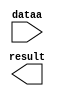
// megafunction wizard: %LPM_MULT%VBB%
// GENERATION: STANDARD
// VERSION: WM1.0
// MODULE: lpm_mult 

// ============================================================
// Megafunction Name(s):
// 			lpm_mult
//
// Simulation Library Files(s):
// 			lpm
// ============================================================
// ************************************************************
// THIS IS A WIZARD-GENERATED FILE. DO NOT EDIT THIS FILE!
//
// 16.0.0 Build 211 04/27/2016 SJ Standard Edition
// ************************************************************

//Copyright (C) 1991-2016 Altera Corporation. All rights reserved.
//Your use of Altera Corporation's design tools, logic functions 
//and other software and tools, and its AMPP partner logic 
//functions, and any output files from any of the foregoing 
//(including device programming or simulation files), and any 
//associated documentation or information are expressly subject 
//to the terms and conditions of the Altera Program License 
//Subscription Agreement, the Altera Quartus Prime License Agreement,
//the Altera MegaCore Function License Agreement, or other 
//applicable license agreement, including, without limitation, 
//that your use is for the sole purpose of programming logic 
//devices manufactured by Altera and sold by Altera or its 
//authorized distributors.  Please refer to the applicable 
//agreement for further details.

module mult_by_h666 (
	dataa,
	result);

	input	[8:0]  dataa;
	output	[19:0]  result;

endmodule

// ============================================================
// CNX file retrieval info
// ============================================================
// Retrieval info: PRIVATE: AutoSizeResult NUMERIC "1"
// Retrieval info: PRIVATE: B_isConstant NUMERIC "1"
// Retrieval info: PRIVATE: ConstantB NUMERIC "1638"
// Retrieval info: PRIVATE: INTENDED_DEVICE_FAMILY STRING "Cyclone V"
// Retrieval info: PRIVATE: LPM_PIPELINE NUMERIC "0"
// Retrieval info: PRIVATE: Latency NUMERIC "0"
// Retrieval info: PRIVATE: SYNTH_WRAPPER_GEN_POSTFIX STRING "0"
// Retrieval info: PRIVATE: SignedMult NUMERIC "0"
// Retrieval info: PRIVATE: USE_MULT NUMERIC "1"
// Retrieval info: PRIVATE: ValidConstant NUMERIC "1"
// Retrieval info: PRIVATE: WidthA NUMERIC "9"
// Retrieval info: PRIVATE: WidthB NUMERIC "11"
// Retrieval info: PRIVATE: WidthP NUMERIC "20"
// Retrieval info: PRIVATE: aclr NUMERIC "0"
// Retrieval info: PRIVATE: clken NUMERIC "0"
// Retrieval info: PRIVATE: new_diagram STRING "1"
// Retrieval info: PRIVATE: optimize NUMERIC "0"
// Retrieval info: LIBRARY: lpm lpm.lpm_components.all
// Retrieval info: CONSTANT: LPM_HINT STRING "INPUT_B_IS_CONSTANT=YES,MAXIMIZE_SPEED=5"
// Retrieval info: CONSTANT: LPM_REPRESENTATION STRING "UNSIGNED"
// Retrieval info: CONSTANT: LPM_TYPE STRING "LPM_MULT"
// Retrieval info: CONSTANT: LPM_WIDTHA NUMERIC "9"
// Retrieval info: CONSTANT: LPM_WIDTHB NUMERIC "11"
// Retrieval info: CONSTANT: LPM_WIDTHP NUMERIC "20"
// Retrieval info: USED_PORT: dataa 0 0 9 0 INPUT NODEFVAL "dataa[8..0]"
// Retrieval info: USED_PORT: result 0 0 20 0 OUTPUT NODEFVAL "result[19..0]"
// Retrieval info: CONNECT: @dataa 0 0 9 0 dataa 0 0 9 0
// Retrieval info: CONNECT: @datab 0 0 11 0 1638 0 0 11 0
// Retrieval info: CONNECT: result 0 0 20 0 @result 0 0 20 0
// Retrieval info: GEN_FILE: TYPE_NORMAL mult_by_h666.v TRUE
// Retrieval info: GEN_FILE: TYPE_NORMAL mult_by_h666.inc FALSE
// Retrieval info: GEN_FILE: TYPE_NORMAL mult_by_h666.cmp FALSE
// Retrieval info: GEN_FILE: TYPE_NORMAL mult_by_h666.bsf FALSE
// Retrieval info: GEN_FILE: TYPE_NORMAL mult_by_h666_inst.v FALSE
// Retrieval info: GEN_FILE: TYPE_NORMAL mult_by_h666_bb.v TRUE
// Retrieval info: LIB_FILE: lpm